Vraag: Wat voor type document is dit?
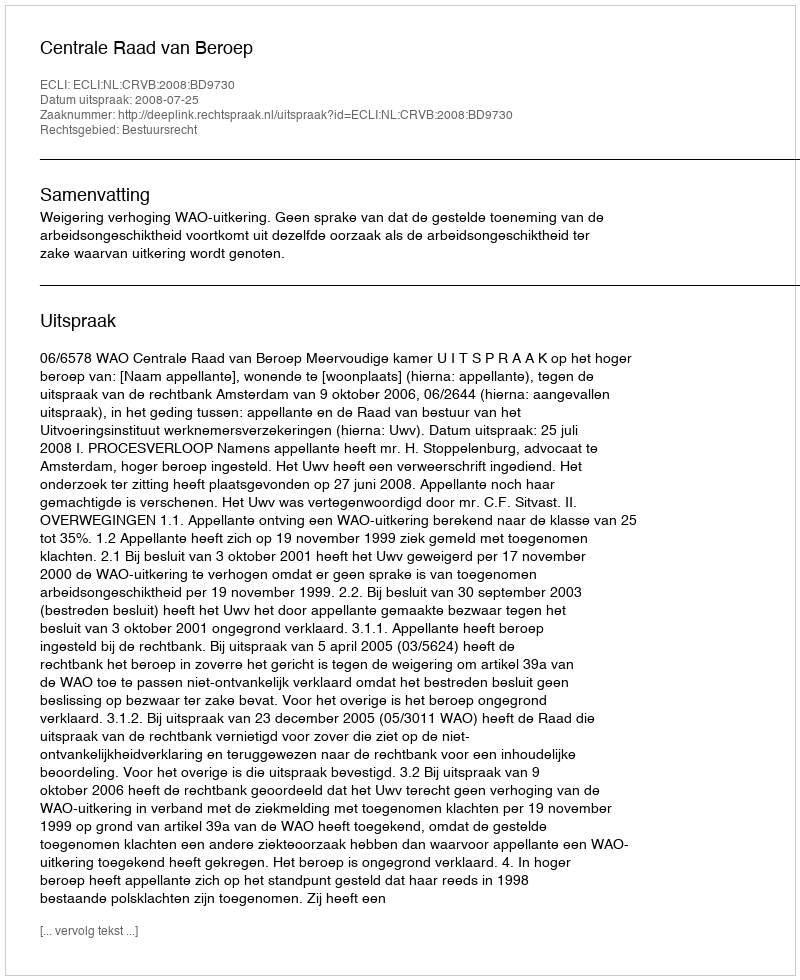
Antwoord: Uitspraak